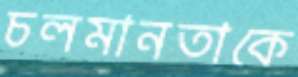
চলমানতাকে